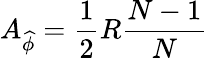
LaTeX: A_{\widehat{\phi}}=\frac{1}{2}R\frac{N-1}{N}